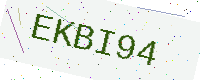
Text: EKBI94